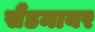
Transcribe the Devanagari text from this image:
सैंडमायर